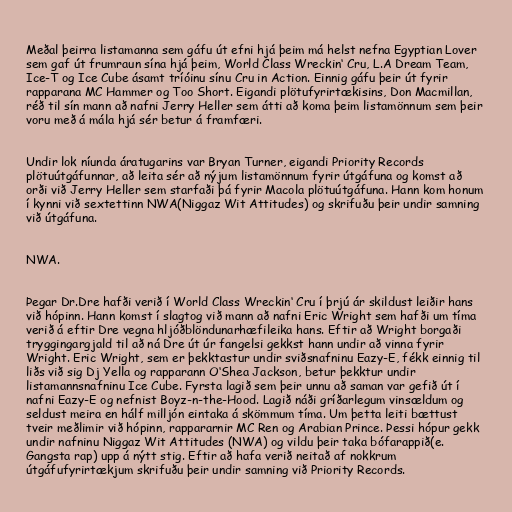
Meðal þeirra listamanna sem gáfu út efni hjá þeim má helst nefna Egyptian Lover
sem gaf út frumraun sína hjá þeim, World Class Wreckin‘ Cru, L.A Dream Team,
Ice-T og Ice Cube ásamt tríóinu sínu Cru in Action. Einnig gáfu þeir út fyrir
rapparana MC Hammer og Too Short. Eigandi plötufyrirtækisins, Don Macmillan,
réð til sín mann að nafni Jerry Heller sem átti að koma þeim listamönnum sem þeir
voru með á mála hjá sér betur á framfæri.

Undir lok níunda áratugarins var Bryan Turner, eigandi Priority Records
plötuútgáfunnar, að leita sér að nýjum listamönnum fyrir útgáfuna og komst að
orði við Jerry Heller sem starfaði þá fyrir Macola plötuútgáfuna. Hann kom honum
í kynni við sextettinn NWA(Niggaz Wit Attitudes) og skrifuðu þeir undir samning
við útgáfuna.

NWA.

Þegar Dr.Dre hafði verið í World Class Wreckin‘ Cru í þrjú ár skildust leiðir hans
við hópinn. Hann komst í slagtog við mann að nafni Eric Wright sem hafði um tíma
verið á eftir Dre vegna hljóðblöndunarhæfileika hans. Eftir að Wright borgaði
tryggingargjald til að ná Dre út úr fangelsi gekkst hann undir að vinna fyrir
Wright. Eric Wright, sem er þekktastur undir sviðsnafninu Eazy-E, fékk einnig til
liðs við sig Dj Yella og rapparann O‘Shea Jackson, betur þekktur undir
listamannsnafninu Ice Cube. Fyrsta lagið sem þeir unnu að saman var gefið út í
nafni Eazy-E og nefnist Boyz-n-the-Hood. Lagið náði gríðarlegum vinsældum og
seldust meira en hálf milljón eintaka á skömmum tíma. Um þetta leiti bættust
tveir meðlimir við hópinn, rappararnir MC Ren og Arabian Prince. Þessi hópur gekk
undir nafninu Niggaz Wit Attitudes (NWA) og vildu þeir taka bófarappið(e.
Gangsta rap) upp á nýtt stig. Eftir að hafa verið neitað af nokkrum
útgáfufyrirtækjum skrifuðu þeir undir samning við Priority Records.